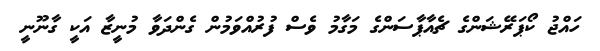
ހައްޖު ކޯޕަރޭޝަންގެ ޗެއާޕާސަންގެ މަގާމު ވެސް ފުރުއްވަމުން ގެންދަވާ މުނީޒާ އަކީ ގާނޫނީ